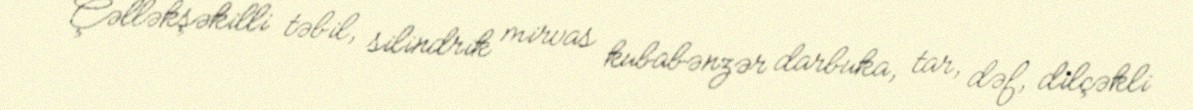
Çəlləkşəkilli təbil, silindrik mirvas kubabənzər darbuka, tar, dəf, dilçəkli